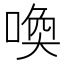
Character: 喚